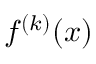
f ^ { ( k ) } ( x )